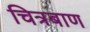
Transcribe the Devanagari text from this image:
चित्रबाण